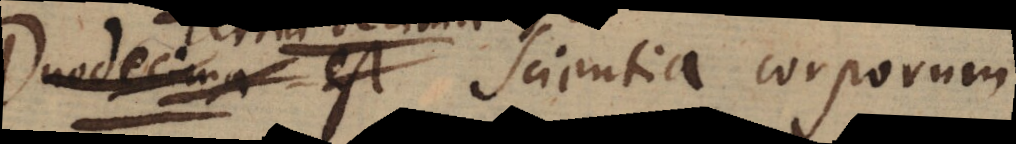
Duodecima est Scientia corporum